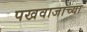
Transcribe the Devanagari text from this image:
पखवाजाच्या